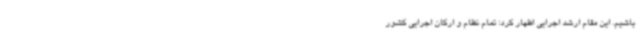
باشیم. این مقام ارشد اجرایی اظهار کرد: تمام نظام و ارکان اجرایی کشور